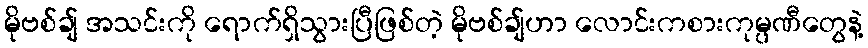
မိုဗစ်ချ် အသင်းကို ရောက်ရှိသွားပြီဖြစ်တဲ့ မိုဗစ်ချ်ဟာ လောင်းကစားကုမ္ပဏီတွေနဲ့